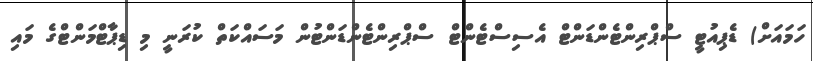
ހަމައަށް) ޑެޕިއުޓީ ސްޕްރިންޓެންޑަންޓް އެސިސްޓެންޓް ސްޕްރިންޓެންޑަންޓުން މަސައްކަތް ކުރަނީ މި ޑިޕާޓްމަންޓްގެ މައި